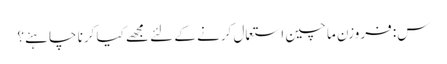
س: فروزن ما چین استعمال کرنے کے لئے مجھے کیا کرنا چاہئے؟